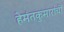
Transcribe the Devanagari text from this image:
हेमंतकुमारांची